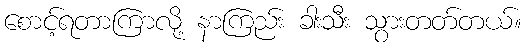
စောင့်ရတာကြာလို့ နာကြည်း ခါးသီး သွားတတ်တယ်။